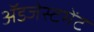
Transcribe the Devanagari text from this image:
ॲडजेस्टमेंट